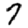
Digit: 7